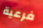
فرعية